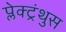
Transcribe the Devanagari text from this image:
प्लेक्ट्रंथुस